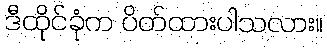
ဒီထိုင်ခုံက ပိတ်ထားပါသလား။